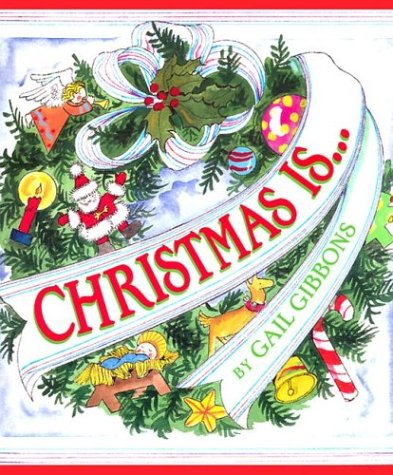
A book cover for Christmas Is...; Gail Gibbons; Children's Books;